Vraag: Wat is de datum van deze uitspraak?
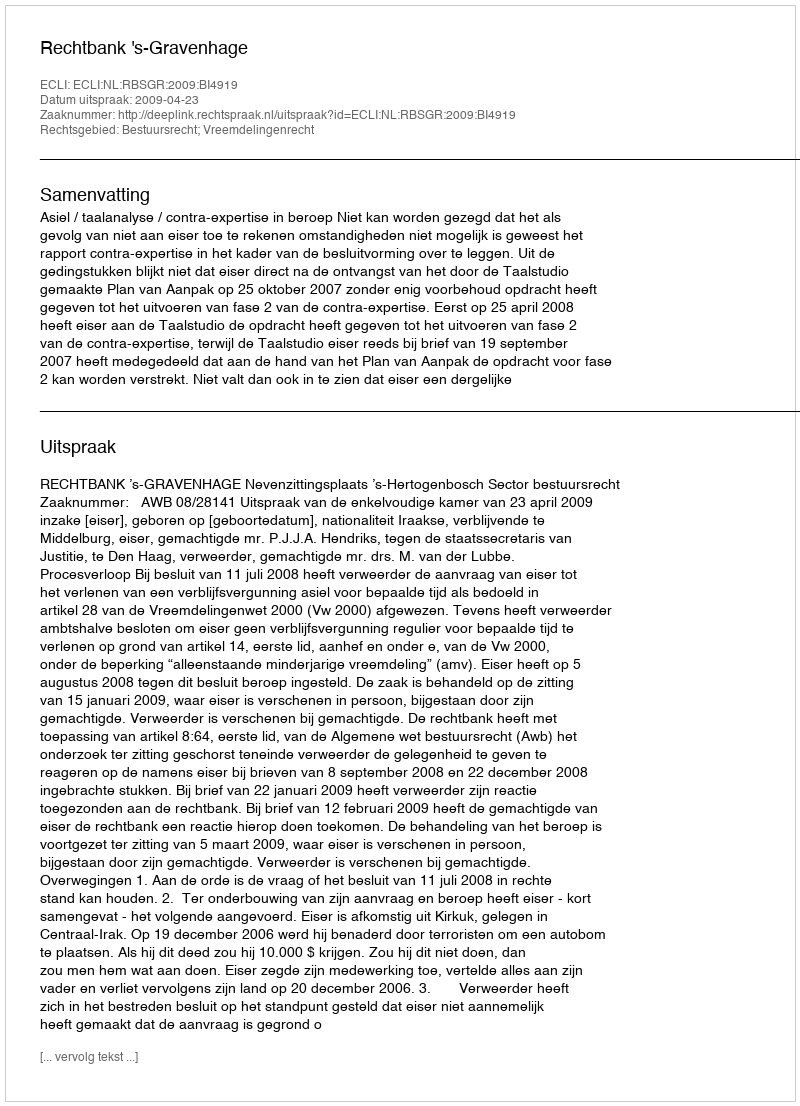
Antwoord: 2009-04-23